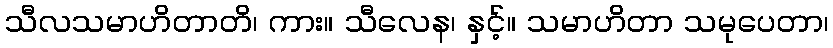
သီလသမာဟိတာတိ၊ ကား။ သီလေန၊ နှင့်။ သမာဟိတာ သမုပေတာ၊